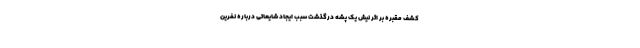
کشف مقبره بر اثر نیش یک پشه درگذشت سبب ایجاد شایعاتی درباره نفرین